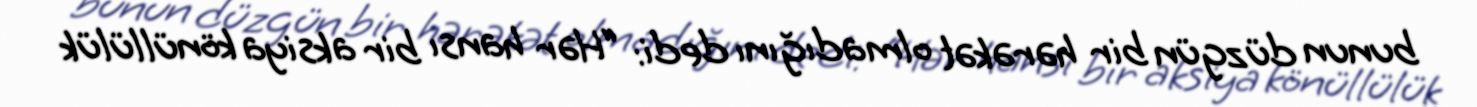
bunun düzgün bir hərəkət olmadığını dedi: “Hər hansı bir aksiya könüllülük